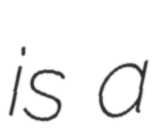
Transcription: is a